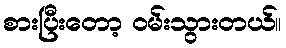
စားပြီးတော့ ဝမ်းသွားတယ်။